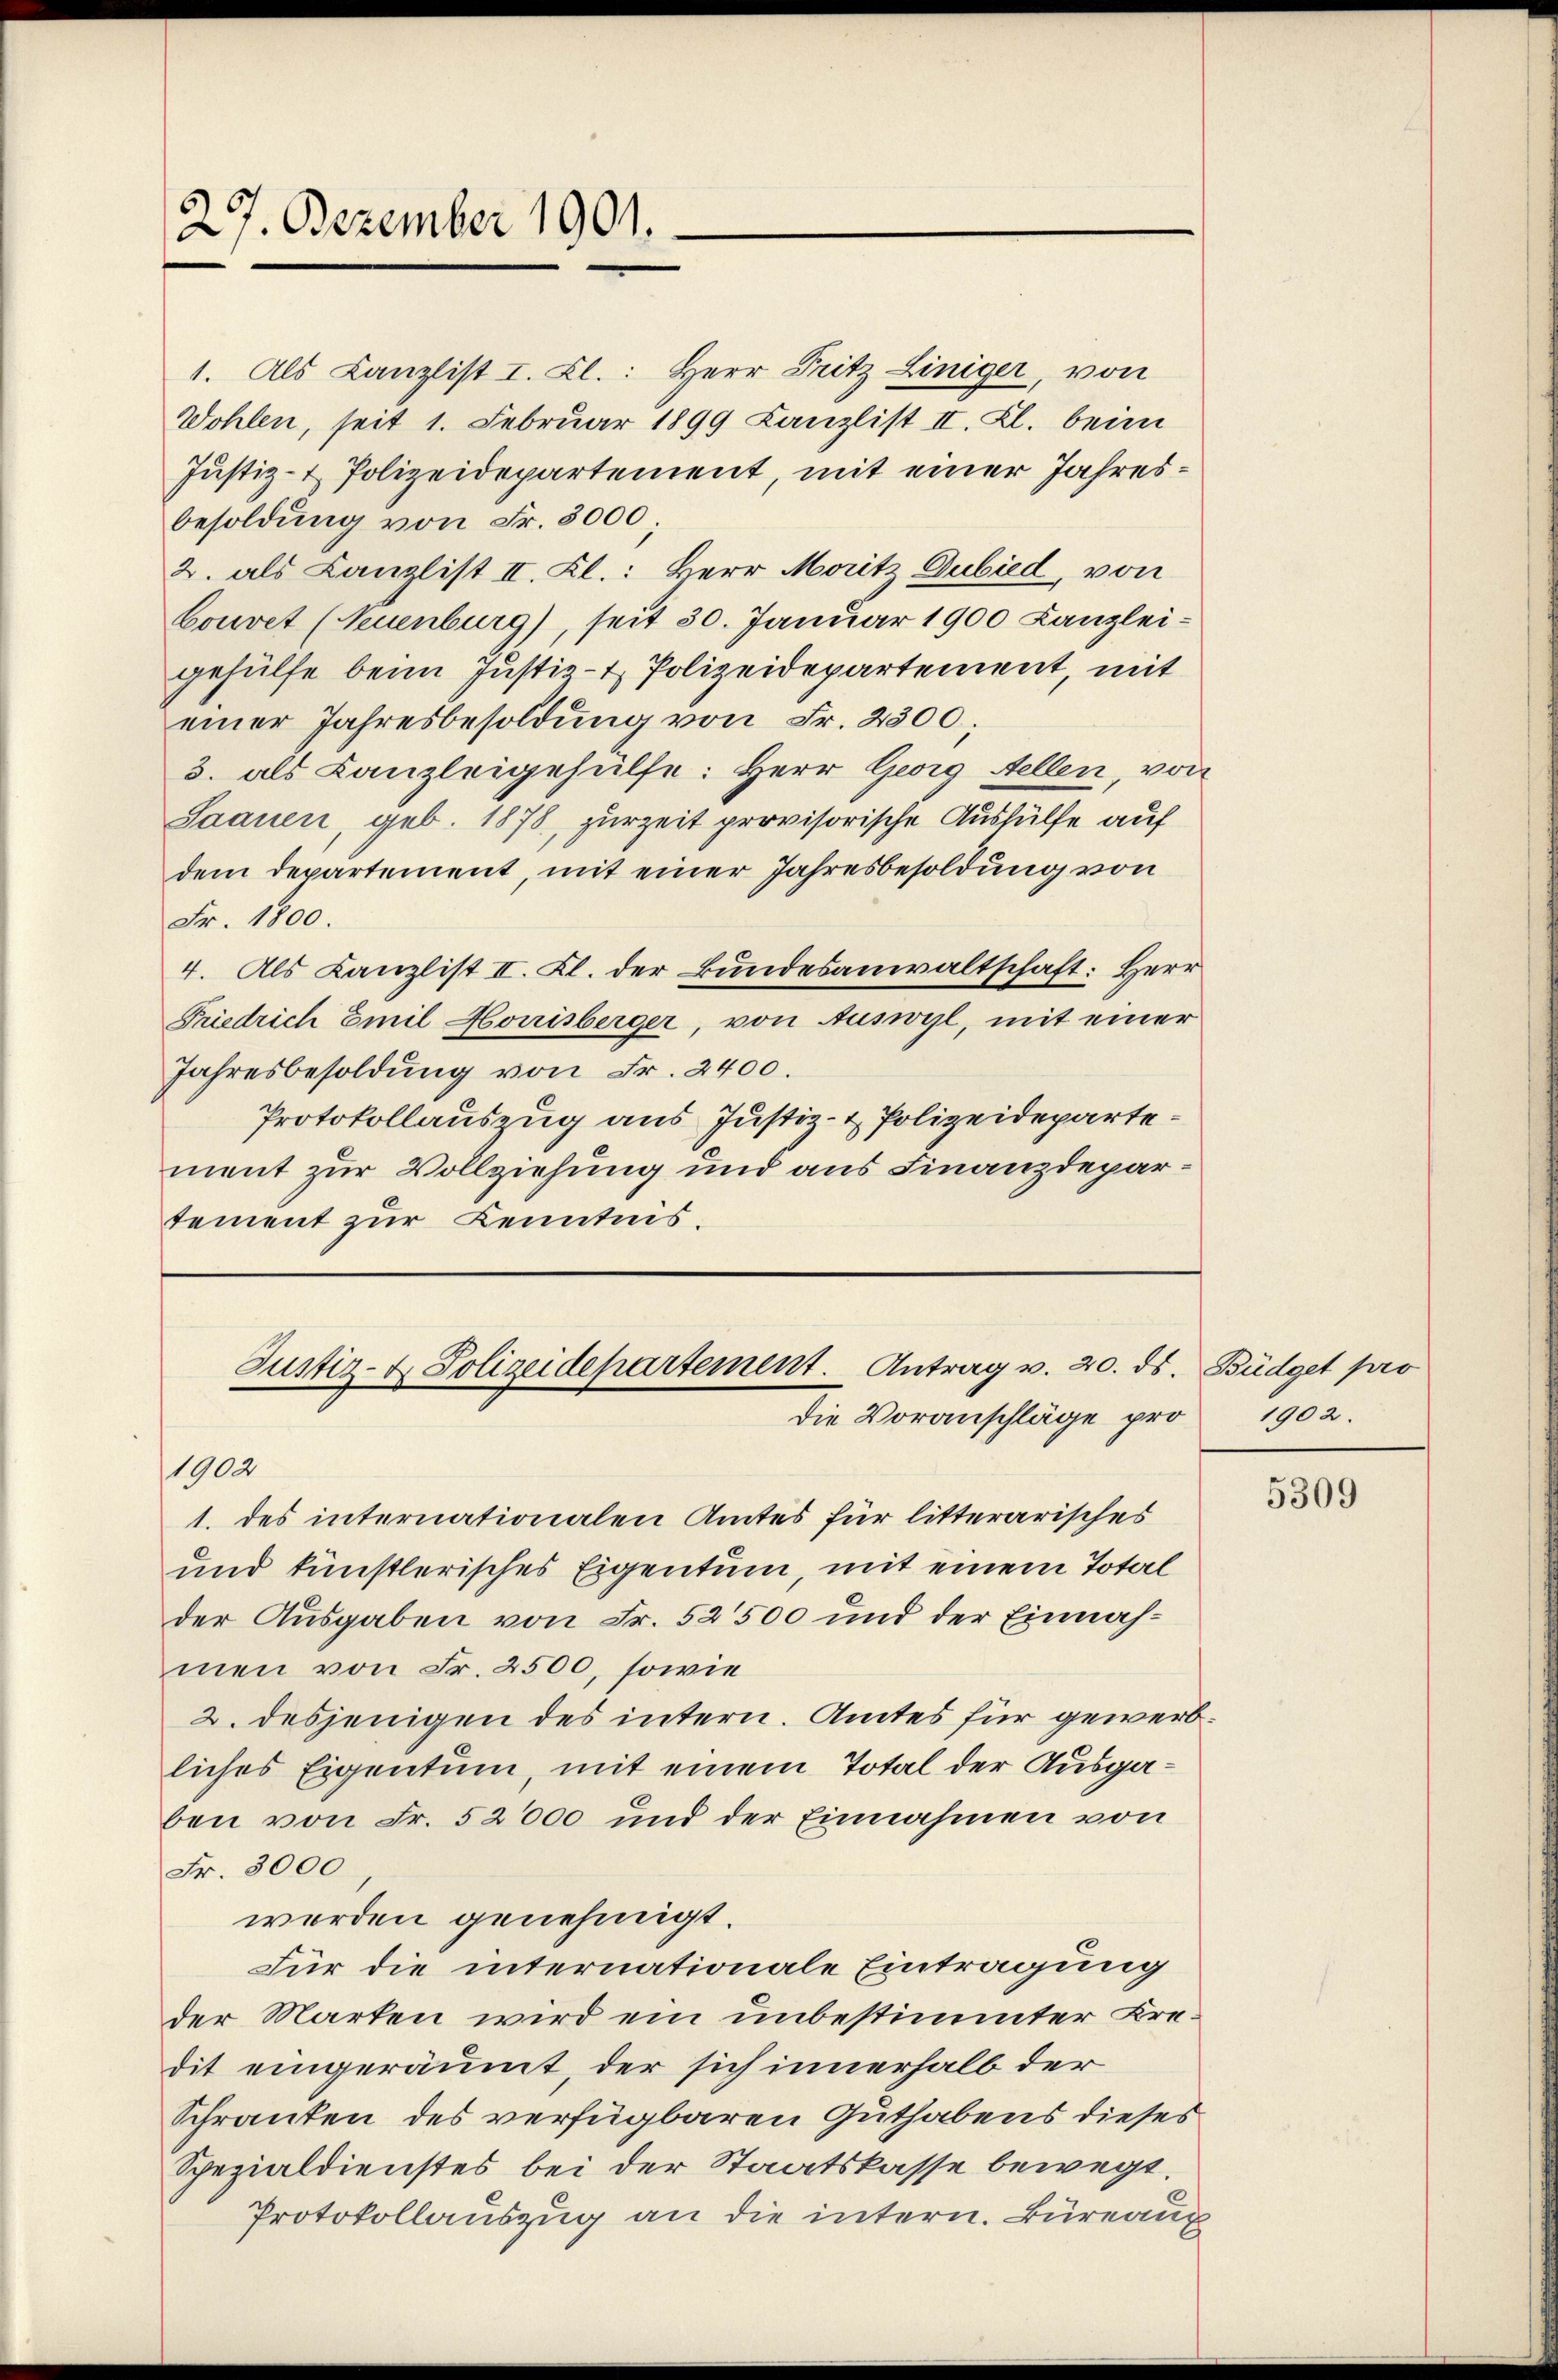
27. Dezember 1901.

1. Als Kanzlist I. Kl.: Herr Pritz Einiger, von
Wohlen, seit 1. Februar 1899 Kanzlist II. Kl. beim
Justiz- & Polizeidepartement, mit einer Jahresbesoldung von Fr. 3000
2. als Canzlist II. Kl.: Berr Moritz Gubied, von
bouret (Neuenburg), seit 30. Januar 1900 Kanzlei-
gehülfe beim Justiz- & Polizeidepartement, mit
einer Jahresbesoldŭng von Fr. 2500;
3. als Kanzleigehülfe: Herr Georg Aellen, von
Saanen, geb. 1878, zurzeit provisorische Aushülfe auf
dem Departement, mit einer Jahresbesoldung von
Fr. 1800.
4. Als Kanzlist II. Kl. der Bundesanwaltschaft: Herr
Friedrich Emil Honisberger, von Auswyl, mit einer
Jahresbesoldung von Fr. 2400.
Protokollauszug aus Justiz- & Polizeidepartement zur Vollziehung und aus Finanzdepartement zur Kenntnis.

Justiz- & Polizeidepartement. Antrag v. 20. ds. Büdget pro
Die Voranschläge pro

1. des internationalen Amtes für litterarisches
und künstlerisches Eigentum, mit einem Total
der Ausgaben von Fr. 52500 und der Einnahmen von Fr. 2500, sowie
2. desjenigen des intern. Amtes für gewerbliches Eigentum, mit einem Total der Ausgaben von Fr. 52000 und der Einnahmen von
Fr. 3000
werden genehmigt.
Für die internationale Eintragung
der Marken wird ein unbestimmter Kredit eingeräumt, der sich innerhalb der
Schrauten des verfügbaren Guthabens dieses
Spezialdienstes bei der Staatskasse bewegt.
Protokollauszug an die intern. Büreaux

1902

1902.

5309